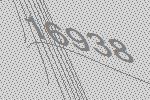
16938